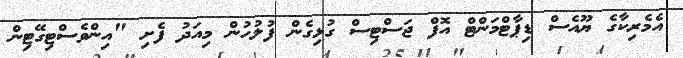
އެމެރިކާގެ ޔޫއެސް ޑިޕާޓްމަންޓް އޮފް ޖަސްޓިސް ގުޅިގެން ފުލުހުން މިއަދު ފެށި "އިންވެސްޓިގޭޓިން